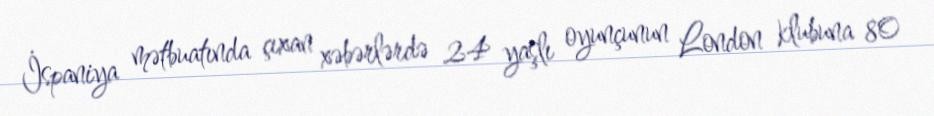
İspaniya mətbuatında çıxan xəbərlərdə 24 yaşlı oyunçunun London klubuna 80